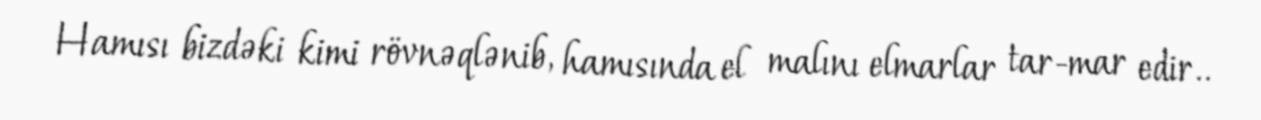
Hamısı bizdəki kimi rövnəqlənib, hamısında el malını elmarlar tar-mar edir..